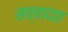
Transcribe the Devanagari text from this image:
सव्वादहा